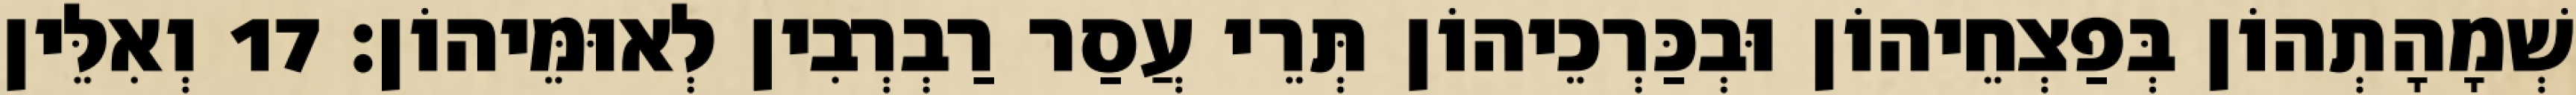
שְׁמָהָתְהוֹן בְּפַצְחֵיהוֹן וּבְכַּרְכֵיהוֹן תְּרֵי עֲסַר רַבְרְבִין לְאוּמֵּיהוֹן׃ 17 וְאִלֵּין